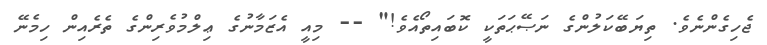
ޖެހިގެންނެވެ. ތިޔަބޭކަލުންގެ ނަޞޭޙަތަކީ ކޮބައިތޯއެވެ!" -- މިއީ އެޒަމާނުގެ ޢިލްމުވެރިންގެ ތެރެއިން ހިމެނޭ